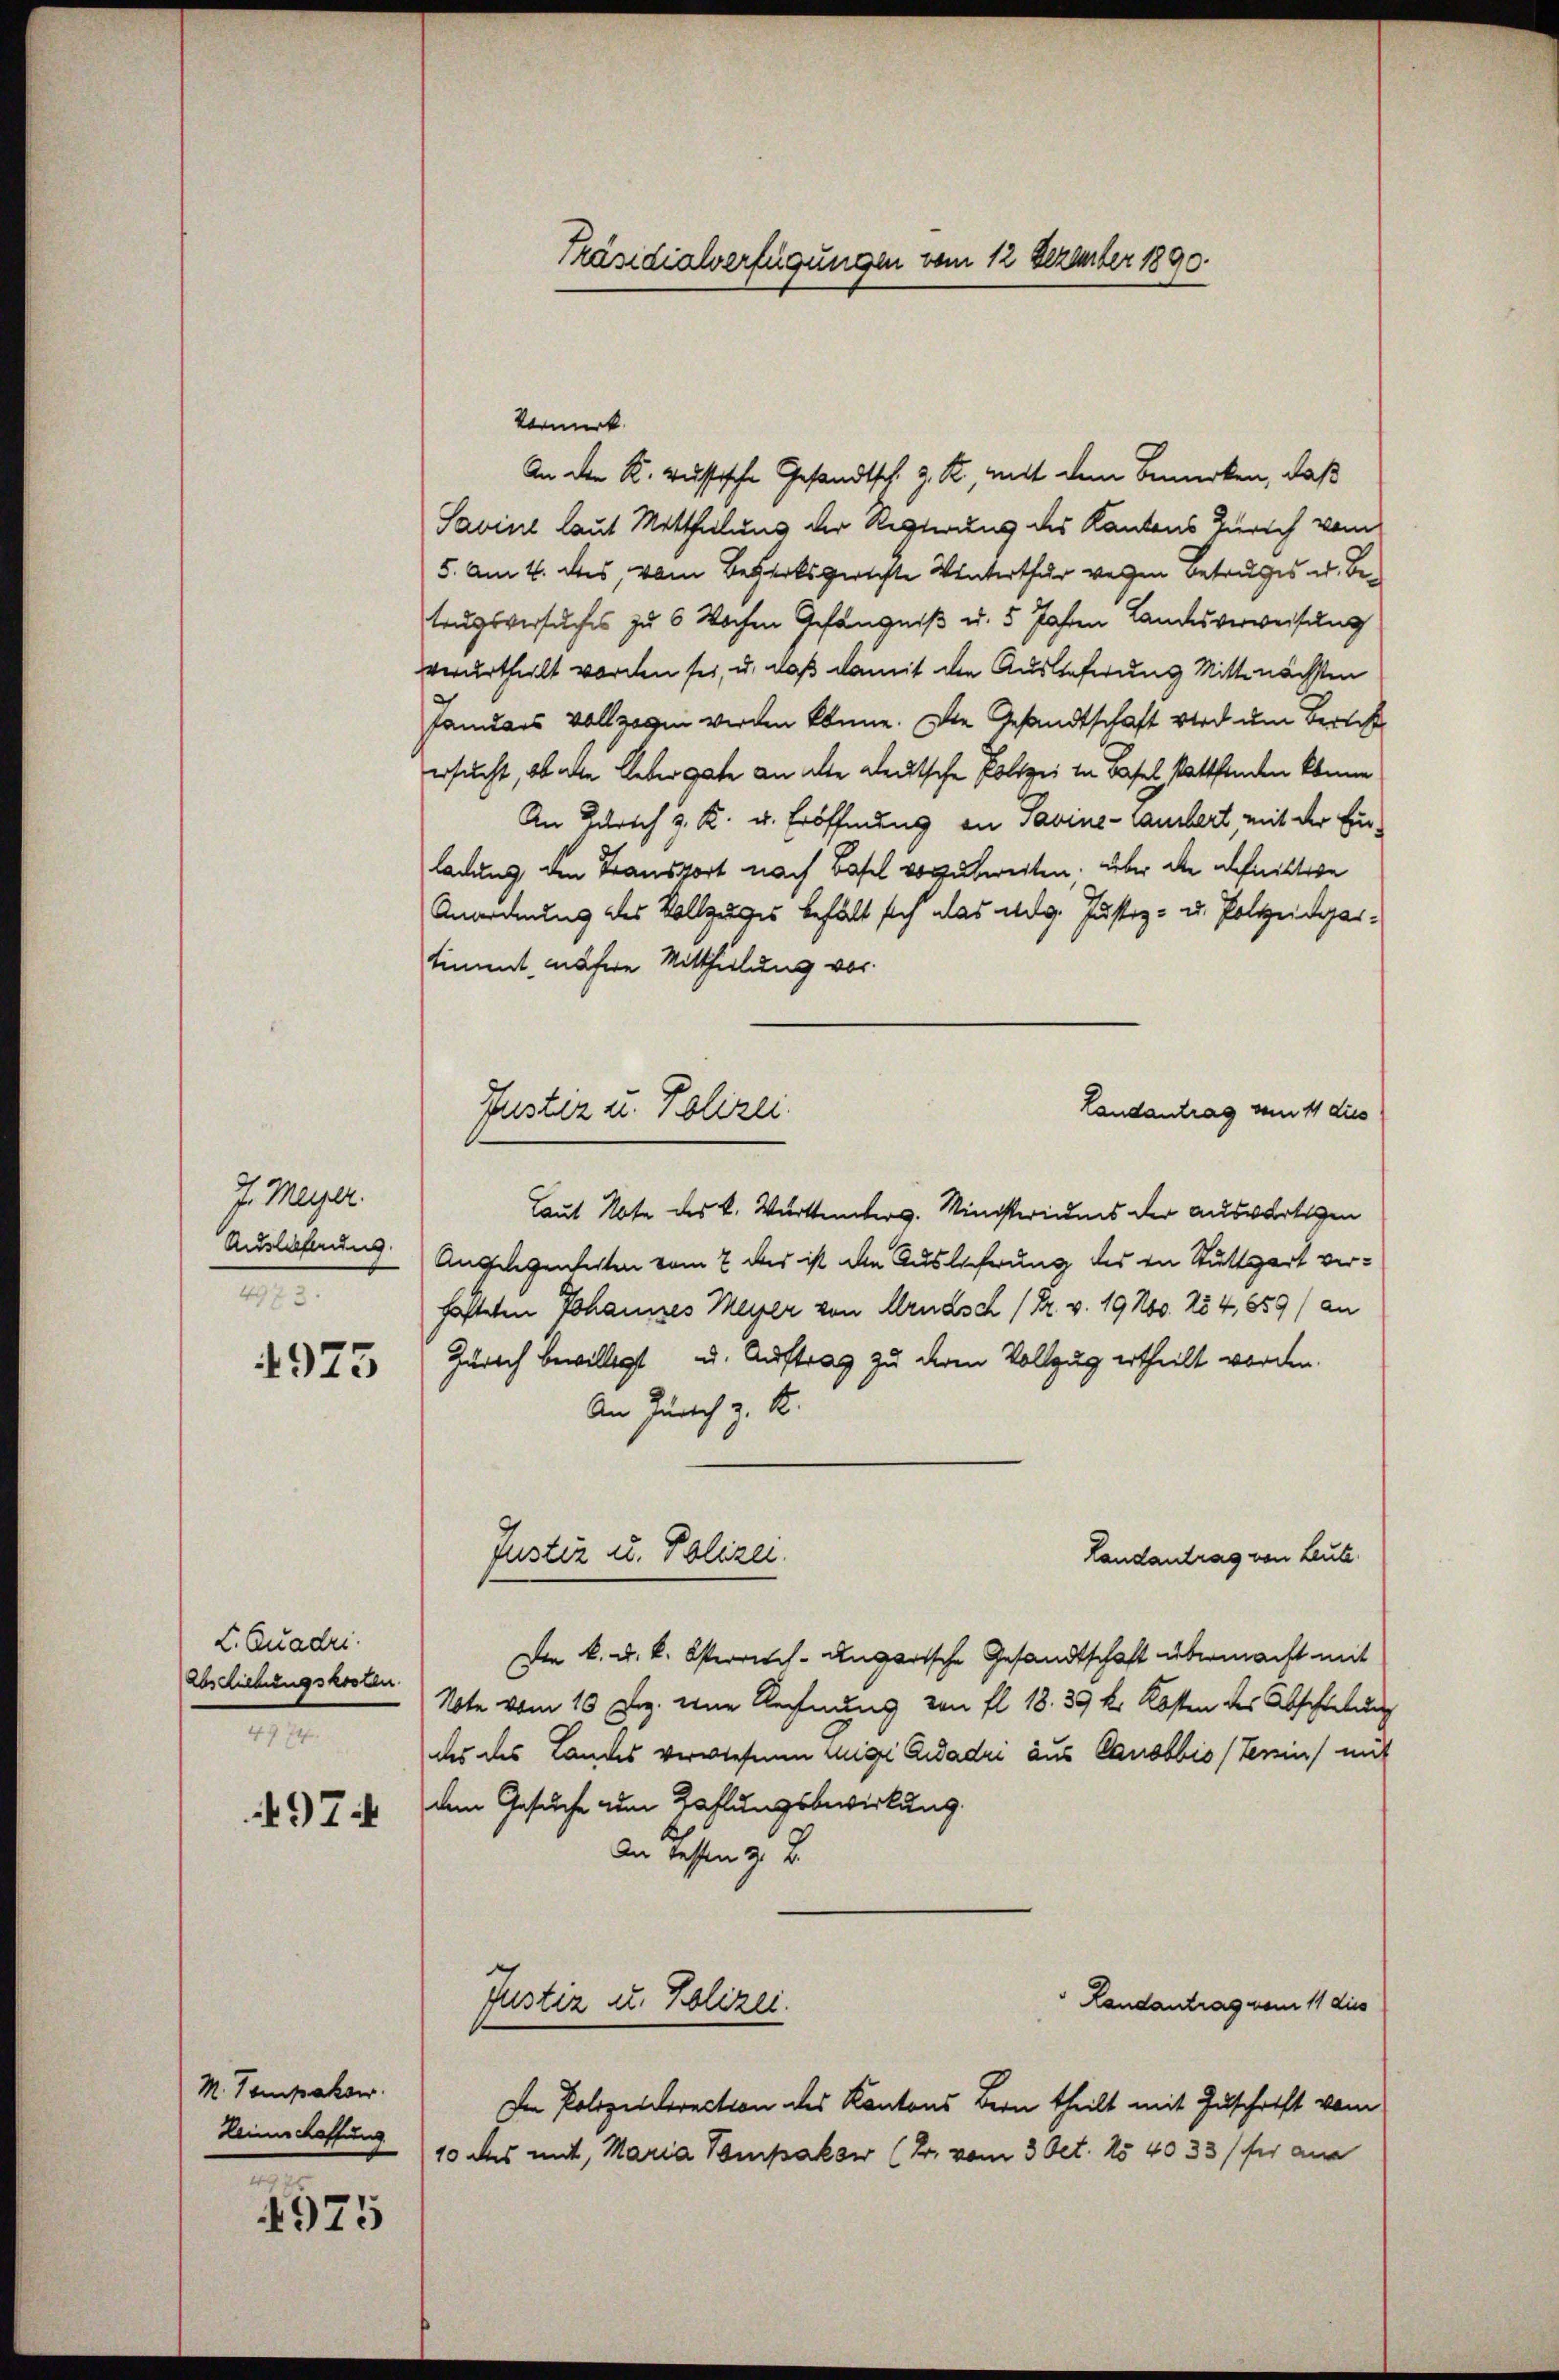
J. Meyer.
Auslieferung.
4973.
4973

L. Quadri
Abs Liebungskosten
4 974
4974

M. Tempaksw.
Reinschaffung
e

4975

Präsidialverfügungen vom 12 Dezember 1890.

Vormerk
An der K. Russische Gesandtsch. J. R., mit dem Bemerken, daß
Savine laut Mittheilung der Regierung des Kantons Zürich vom
5. Am 4. des, vom Bezirksgerichte Winterthur wegen Betruges u. Betrugsversuches zu 6 Wochen Gefängniß u. 5 Jahren Landesverweisung
verurtheilt worden sei, u. daß damit den Auslieferung Mittenächsten
Januars vollzogen werden könne. Die Gesandtschaft wird um Bericht
ersucht, ob alle Ueber gute an alte deutsche Polizei in Basel stattfinden könne
An Zürich v. K. u. Eröffnung an Savine-Caubert mit der Einladung den Transport nach Basel vorzubereiten. Über die Schnittire
Anordnung des Vollzuges behält sich das allg. Justiz- u. Polizeidertiment, nähere Mittheilung vor
Landantrag vom 11 dies
Laut Note des K. Württemberg. Ministeriums der auswärtigen
Angelegenheiten vom 2 das ist die Auslieferung des in Stuttgart verhafteten Johannes Meyer von Arnasch (Dr. v. 19 No. 254, 859/ an
Zürich bewilligt u. Auftrag zu deren Vollzug ertheilt worden.
An Zürich z. R.
Justiz u. Polizei.
Landantrag von Leute
De k. k. k. Osterrich-Ungarische Gesandtschaft übermacht mit
Note vom 10 Dez. eine Rechnung von fl. 18. 39 k. Kosten des Abschleitung
des das Landes verwiesenen Rigi Aidadri aus Canobbio (Terin mit
dem Gesuche zum Zahlungsbewirkung.
An Testen z. B.
Landantrag vom 11 dies
Justiz u. Polizei.
Im Polizeidirection des Kantons Bern theilt mit Zuschrift vom
10 das mit, Maria Pompakse (T. vom 3 Oct. 15 4033 (für ane

Justiz u. Polizei.